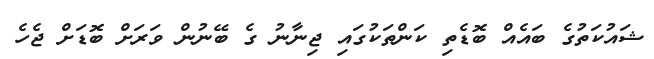
ޝައުކަތުގެ ބައެއް ބޮޑެތި ކަންތަކުގައި ޖިނާނު ގެ ބޭނުން ވަރަށް ބޮޑަށް ޖެހެ